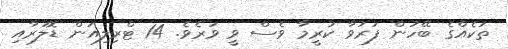
ތަކެއްގެ ބޭހުން ފަރުވާ ކުރީމާ ވެސް ވީ ވަރެވެ. 14 ޓްރިލިއަން ޑޮލަރާއި